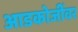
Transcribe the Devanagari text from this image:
आडकोजींवर